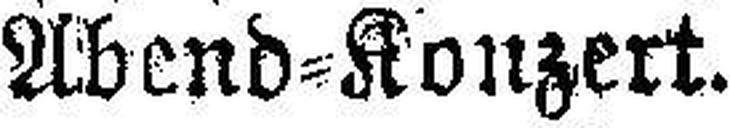
Abend=Konzert.